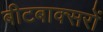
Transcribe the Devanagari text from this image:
बीटबाक्सरों